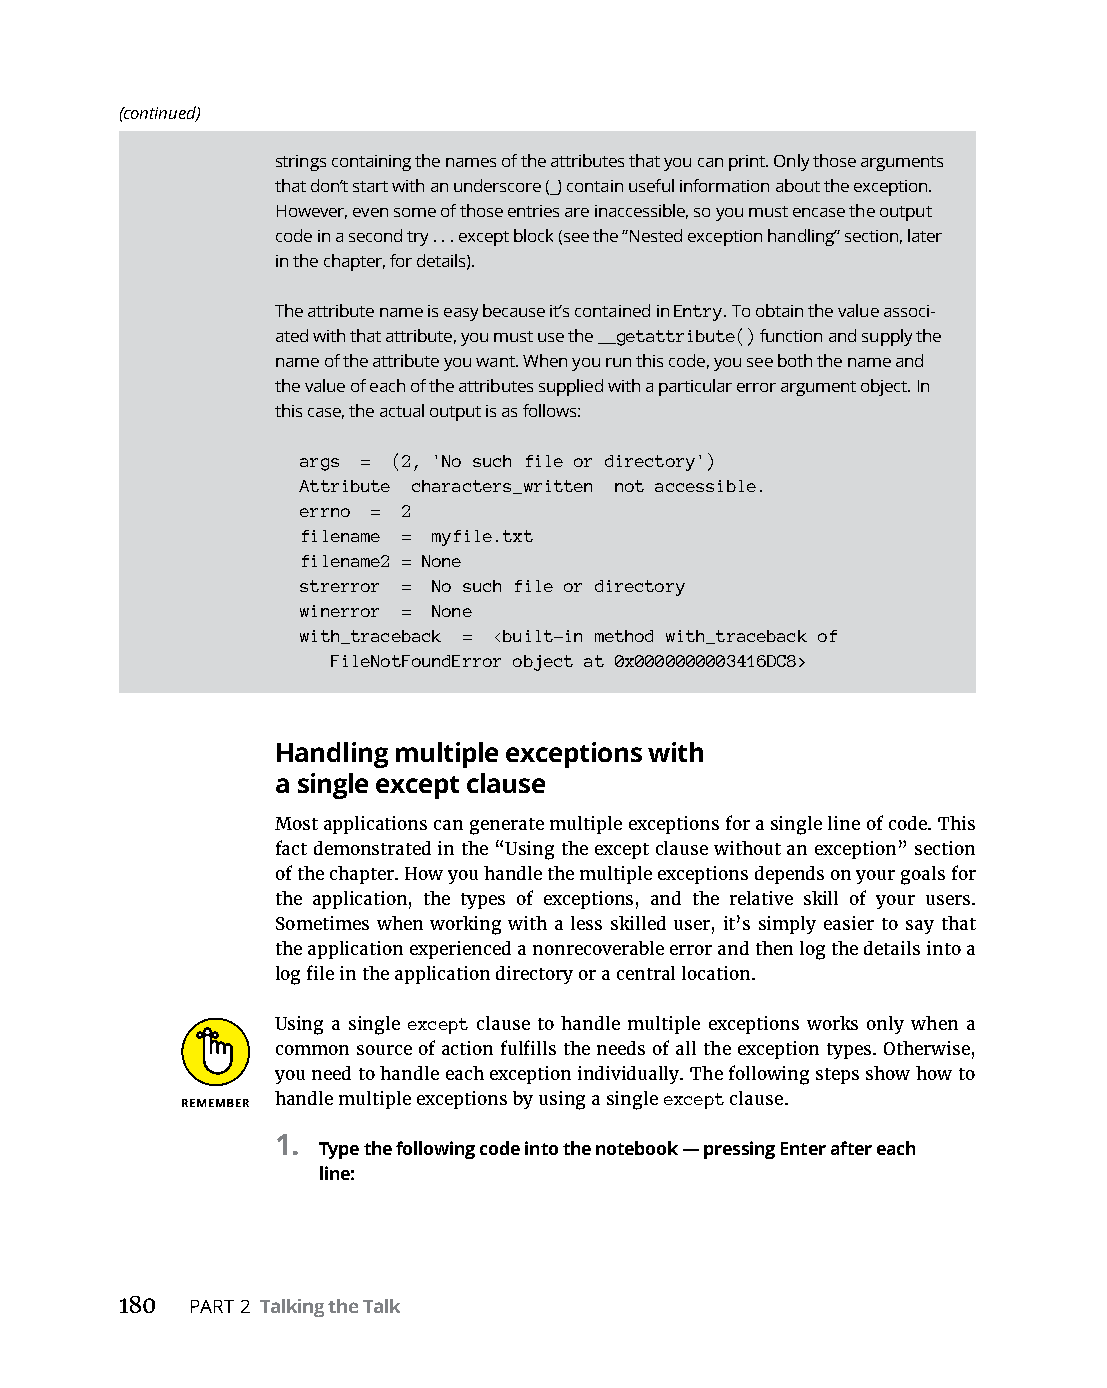
(continued)
 strings containing the names of the attributes that you can print. Only those arguments
 that don’t start with an underscore (_) contain useful information about the exception.
 However, even some of those entries are inaccessible, so you must encase the output
 code in a second try . . . except block (see the “Nested exception handling” section, later
 in the chapter, for details).
 The attribute name is easy because it’s contained in Entry. To obtain the value associ-
 ated with that attribute, you must use the __getattribute() function and supply the
 name of the attribute you want. When you run this code, you see both the name and
 the value of each of the attributes supplied with a particular error argument object. In
 this case, the actual output is as follows:
 args = (2, 'No such file or directory')
 Attribute characters_written not accessible.
 errno = 2
 filename = myfile.txt
 filename2 = None
 strerror = No such file or directory
 winerror = None
 with_traceback = <built-in method with_traceback of
 FileNotFoundError object at 0x0000000003416DC8>
 Handling multiple exceptions with
 a single except clause
 Most applications can generate multiple exceptions for a single line of code. This
 fact demonstrated in the “Using the except clause without an exception” section
 of the chapter. How you handle the multiple exceptions depends on your goals for
 the application, the types of exceptions, and the relative skill of your users.
 Sometimes when working with a less skilled user, it’s simply easier to say that
 the application experienced a nonrecoverable error and then log the details into a
 log file in the application directory or a central location.
 Using a single except clause to handle multiple exceptions works only when a
 common source of action fulfills the needs of all the exception types. Otherwise,
 you need to handle each exception individually. The following steps show how to
 handle multiple exceptions by using a single except clause.
 1.
 Type the following code into the notebook — pressing Enter after each
 line:
 180  PART 2 Talking the Talk